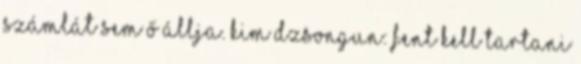
számlát sem ő állja. Kim Dzsongun: Fent kell tartani